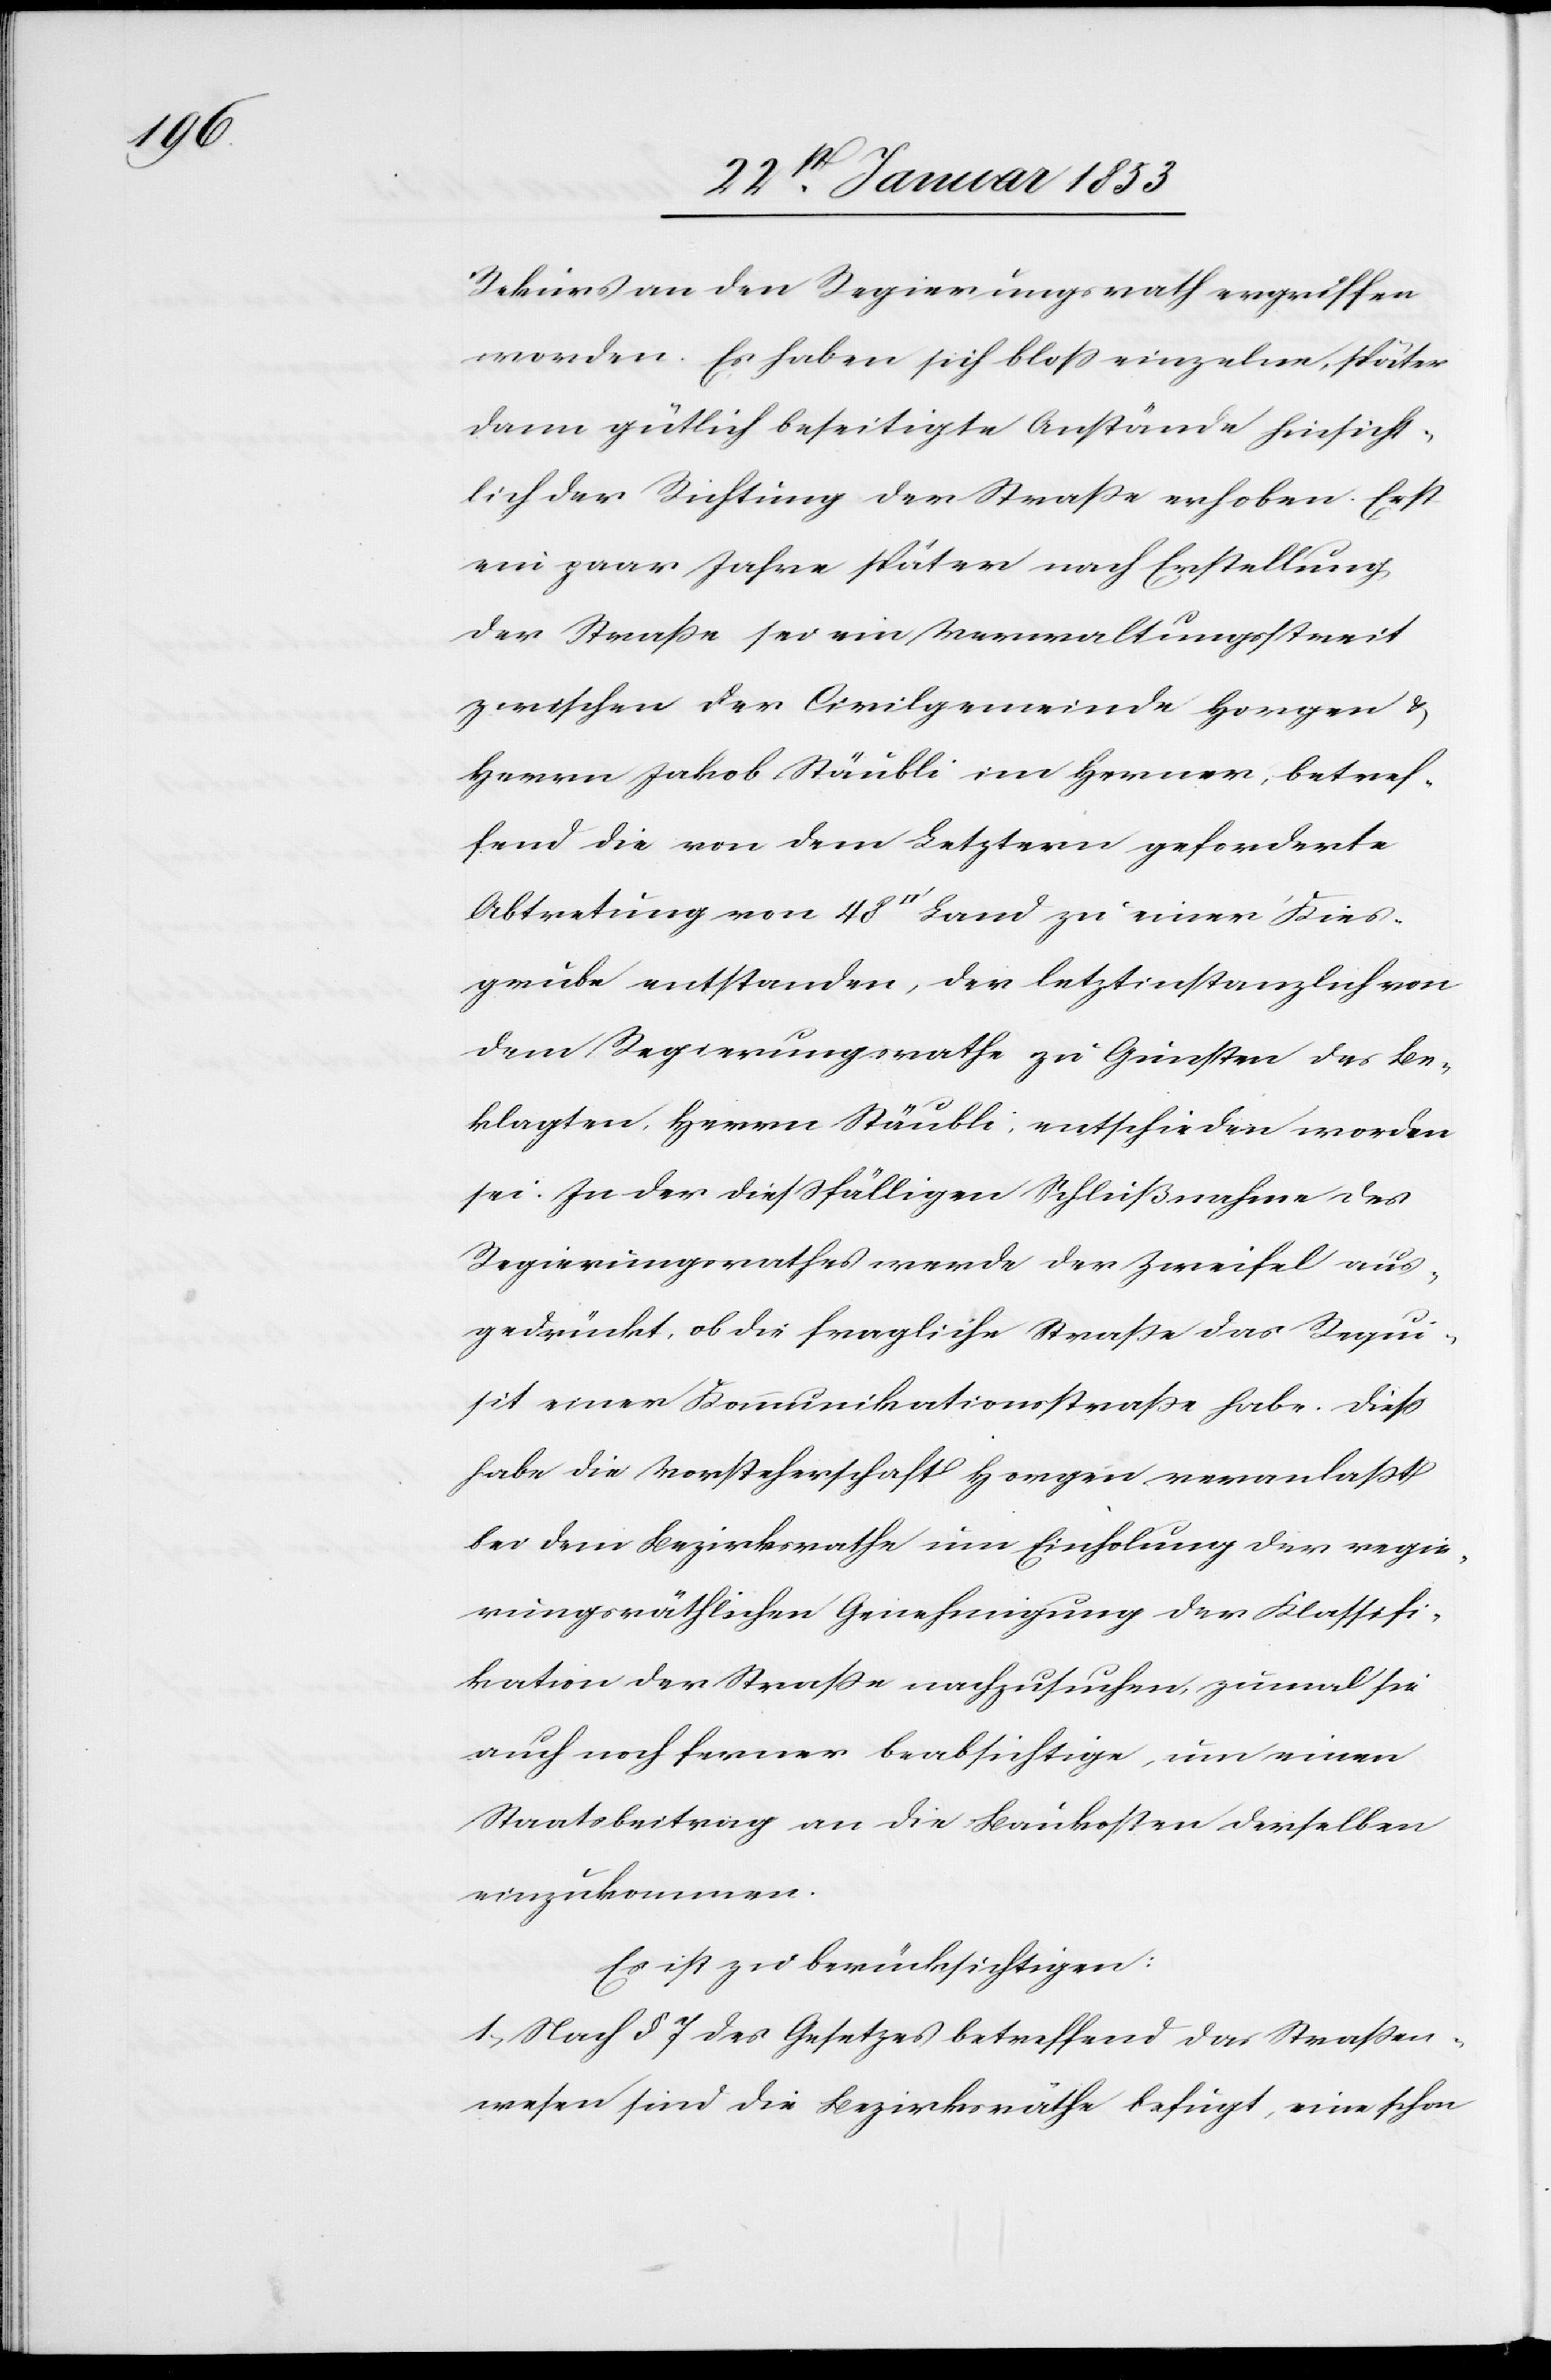
Rekurs an den Regierungsrath ergriffen
worden. Es haben sich bloß einzelne, später
dann gütlich beseitigte Anstände hinsicht¬
lich der Richtung der Straße erhoben. Erst
ein paar Jahre später nach Erstellung
der Straße sei ein Verwaltungsstreit
zwischen der Civilgemeinde Horgen u.
Herrn Jakob Stäubli im Hewner [sic!], betref¬
fend die von dem Letztern geforderte
Abtretung vom 48 [Quadratfuß] Land zu einer Kies¬
grube entstanden, der letztinstanzlich von
dem Regierungsrathe zu Gunsten des Be¬
klagten, Herrn Stäubli, entschieden worden
sei. In der dießfälligen Schlußnahme des
Regierungsrathes werde der Zweifel aus¬
gedrückt, ob die fragliche Straße das Requi¬
sit einer Kommunikationsstraße habe. Dieß
habe die Vorsteherschaft Horgen veranlaßt
bei dem Bezirksrathe um Einholung der regie¬
rungsräthlichen Genehmigung der Klassifi¬
kation der Straße nachzusuchen, zumal sie
auch noch ferner beabsichtige, um einen
Staatsbeitrag an die Baukosten derselben
einzukommen.
Es ist zu berücksichtigen:
1. Nach § 7 des Gesetzes betreffend das Straßen¬
wesen sind die Bezirksräthe befugt, eine schon